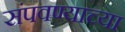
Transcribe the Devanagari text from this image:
संपवण्याच्या